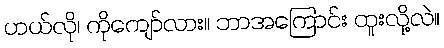
ဟယ်လို၊ ကိုကျော်လား။ ဘာအကြောင်း ထူးလို့လဲ။